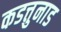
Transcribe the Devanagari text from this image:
कडत्तुनाड